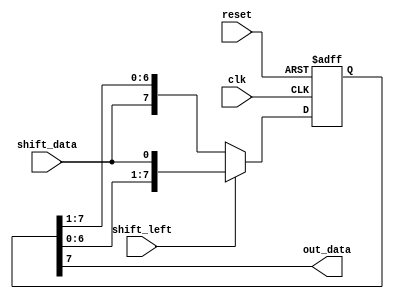
module siso_shift_register(
    input clk,
    input reset,
    input shift_left,
    input shift_data,
    output reg out_data
);

reg [7:0] data_reg;

always @(posedge clk or posedge reset) begin
    if (reset) begin
        data_reg <= 8'b00000000;
    end else begin
        if (shift_left) begin
            data_reg <= {data_reg[6:0], shift_data};
        end else begin
            data_reg <= {shift_data, data_reg[7:1]};
        end
    end
end

assign out_data = data_reg[7];

endmodule